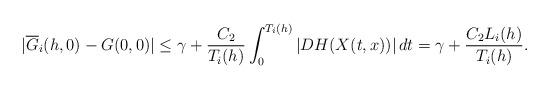
LaTeX: \begin{align*} |\overline G_i (h, 0) - G(0, 0)| \leq \gamma + \frac{C_2}{T_i (h)} \int_0^{T_i (h)} |DH(X(t, x))| \, dt = \gamma + \frac{C_2 L_i (h)}{T_i (h)}.\end{align*}